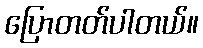
ပြောတတ်ပါတယ်။